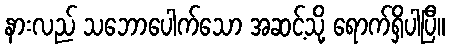
နားလည် သဘောပေါက်သော အဆင့်သို့ ရောက်ရှိပါပြီ။